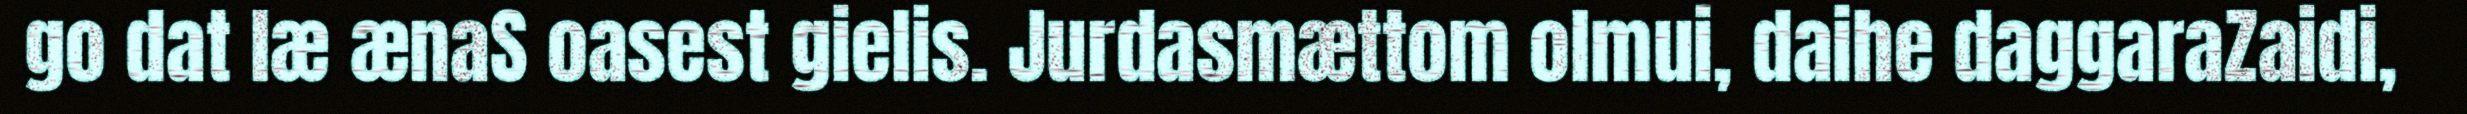
go dat læ ænaS oasest gielis. Jurdasmættom olmui, daihe daggaraZaidi,